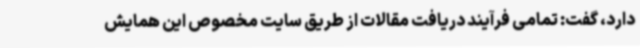
دارد، گفت: تمامی فرآیند دریافت مقالات از طریق سایت مخصوص این همایش